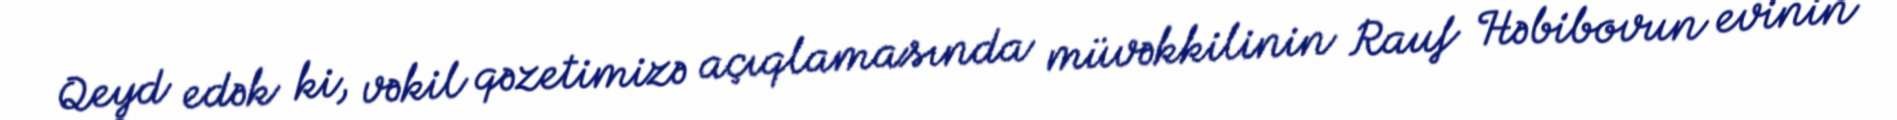
Qeyd edək ki, vəkil qəzetimizə açıqlamasında müvəkkilinin Rauf Həbibovun evinin